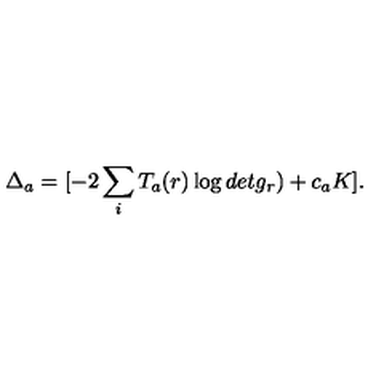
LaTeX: \Delta _ { a } = [ - 2 \sum _ { i } T _ { a } ( r ) \log d e t g _ { r } ) + c _ { a } K ] .